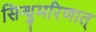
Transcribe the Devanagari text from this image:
सिन्धुमरिणात्